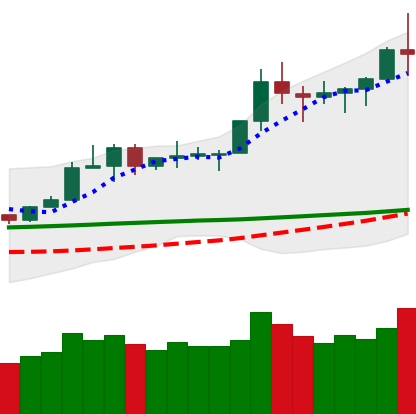
Ticker: TRX-USD
Chart end date: 2020-02-13
Forward return: -5.403%
Label: down_5_7